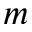
m